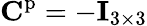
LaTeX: \mathbf{C}^{\mathrm{p}}=-\mathbf{I}_{3\times 3}